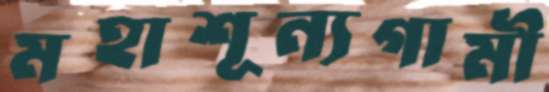
মহাশূন্যগামী